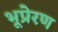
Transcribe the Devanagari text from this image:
भूप्रेरण